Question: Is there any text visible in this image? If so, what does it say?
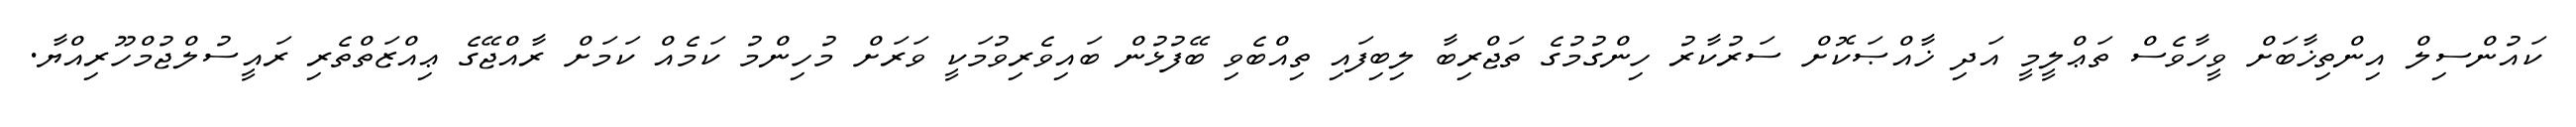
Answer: ކައުންސިލް އިންތިޚާބަށް ވީހާވެސް ތަޢްލީމީ އަދި ޚާއްޞަކޮށް ސަރުކާރު ހިންގުމުގެ ތަޖްރިބާ ލިބިފައި ތިއްބެވި ބޭފުޅުން ބައިވެރިވުމަކީ ވަރަށް މުހިންމު ކަމެއް ކަމަށް ރާއްޖޭގެ ޢިއްޒަތްތެރި ރައީސުލްޖުމްހޫރިއްޔާ.